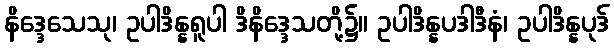
နိဒ္ဒေသေသု၊ ဥပါဒိန္နရူပါ ဒိနိဒ္ဒေသတို့၌။ ဥပါဒိန္နပဒါဒီနံ၊ ဥပါဒိန္နပုဒ်